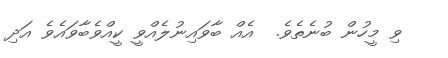
ވި މީހުން ބުނެތެވެ.  އެއް ބާވައިނުލެއްވީ ކީއްވެބާވައެވެ އަދި